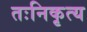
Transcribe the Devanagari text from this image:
तःनिकृत्य